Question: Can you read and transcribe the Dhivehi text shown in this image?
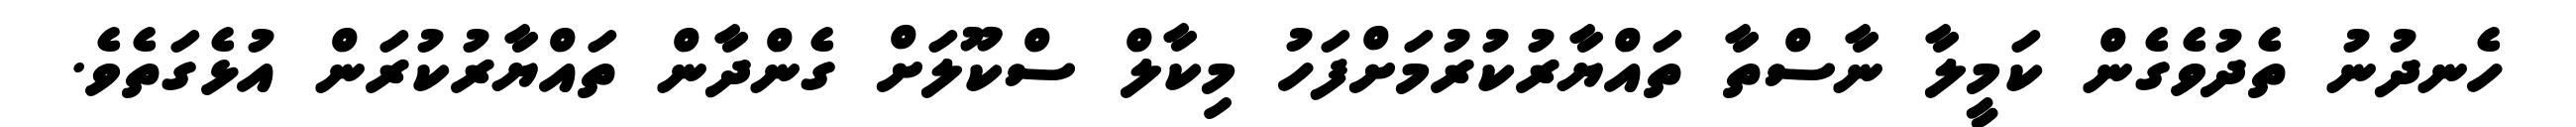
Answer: ހެނދުނު ތެދުވެގެން ކަމީލާ ނާސްތާ ތައްޔާރުކުރުމަށްފަހު މިކާލް ސްކޫލަށް ގެންދާން ތައްޔާރުކުރަން އުޅެގަތެވެ.